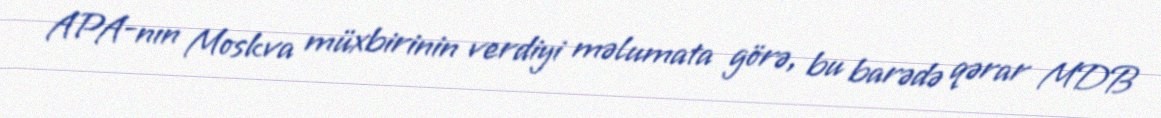
APA-nın Moskva müxbirinin verdiyi məlumata görə, bu barədə qərar MDB